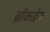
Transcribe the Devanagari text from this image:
ब्रॉकडेन